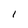
Character: 1